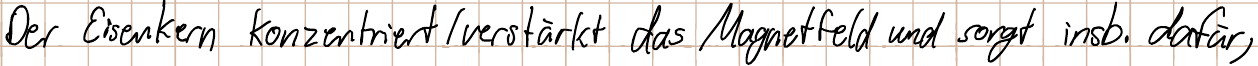
Der Eisenkern konzentriert / verstärkt das Magnetfeld und sorgt insb. dafür,